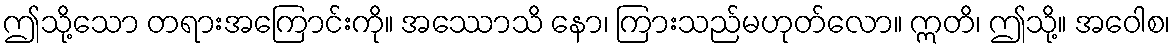
ဤသို့သော တရားအကြောင်းကို။ အဿောသိ နော၊ ကြားသည်မဟုတ်လော။ ဣတိ၊ ဤသို့။ အဝေါစ၊